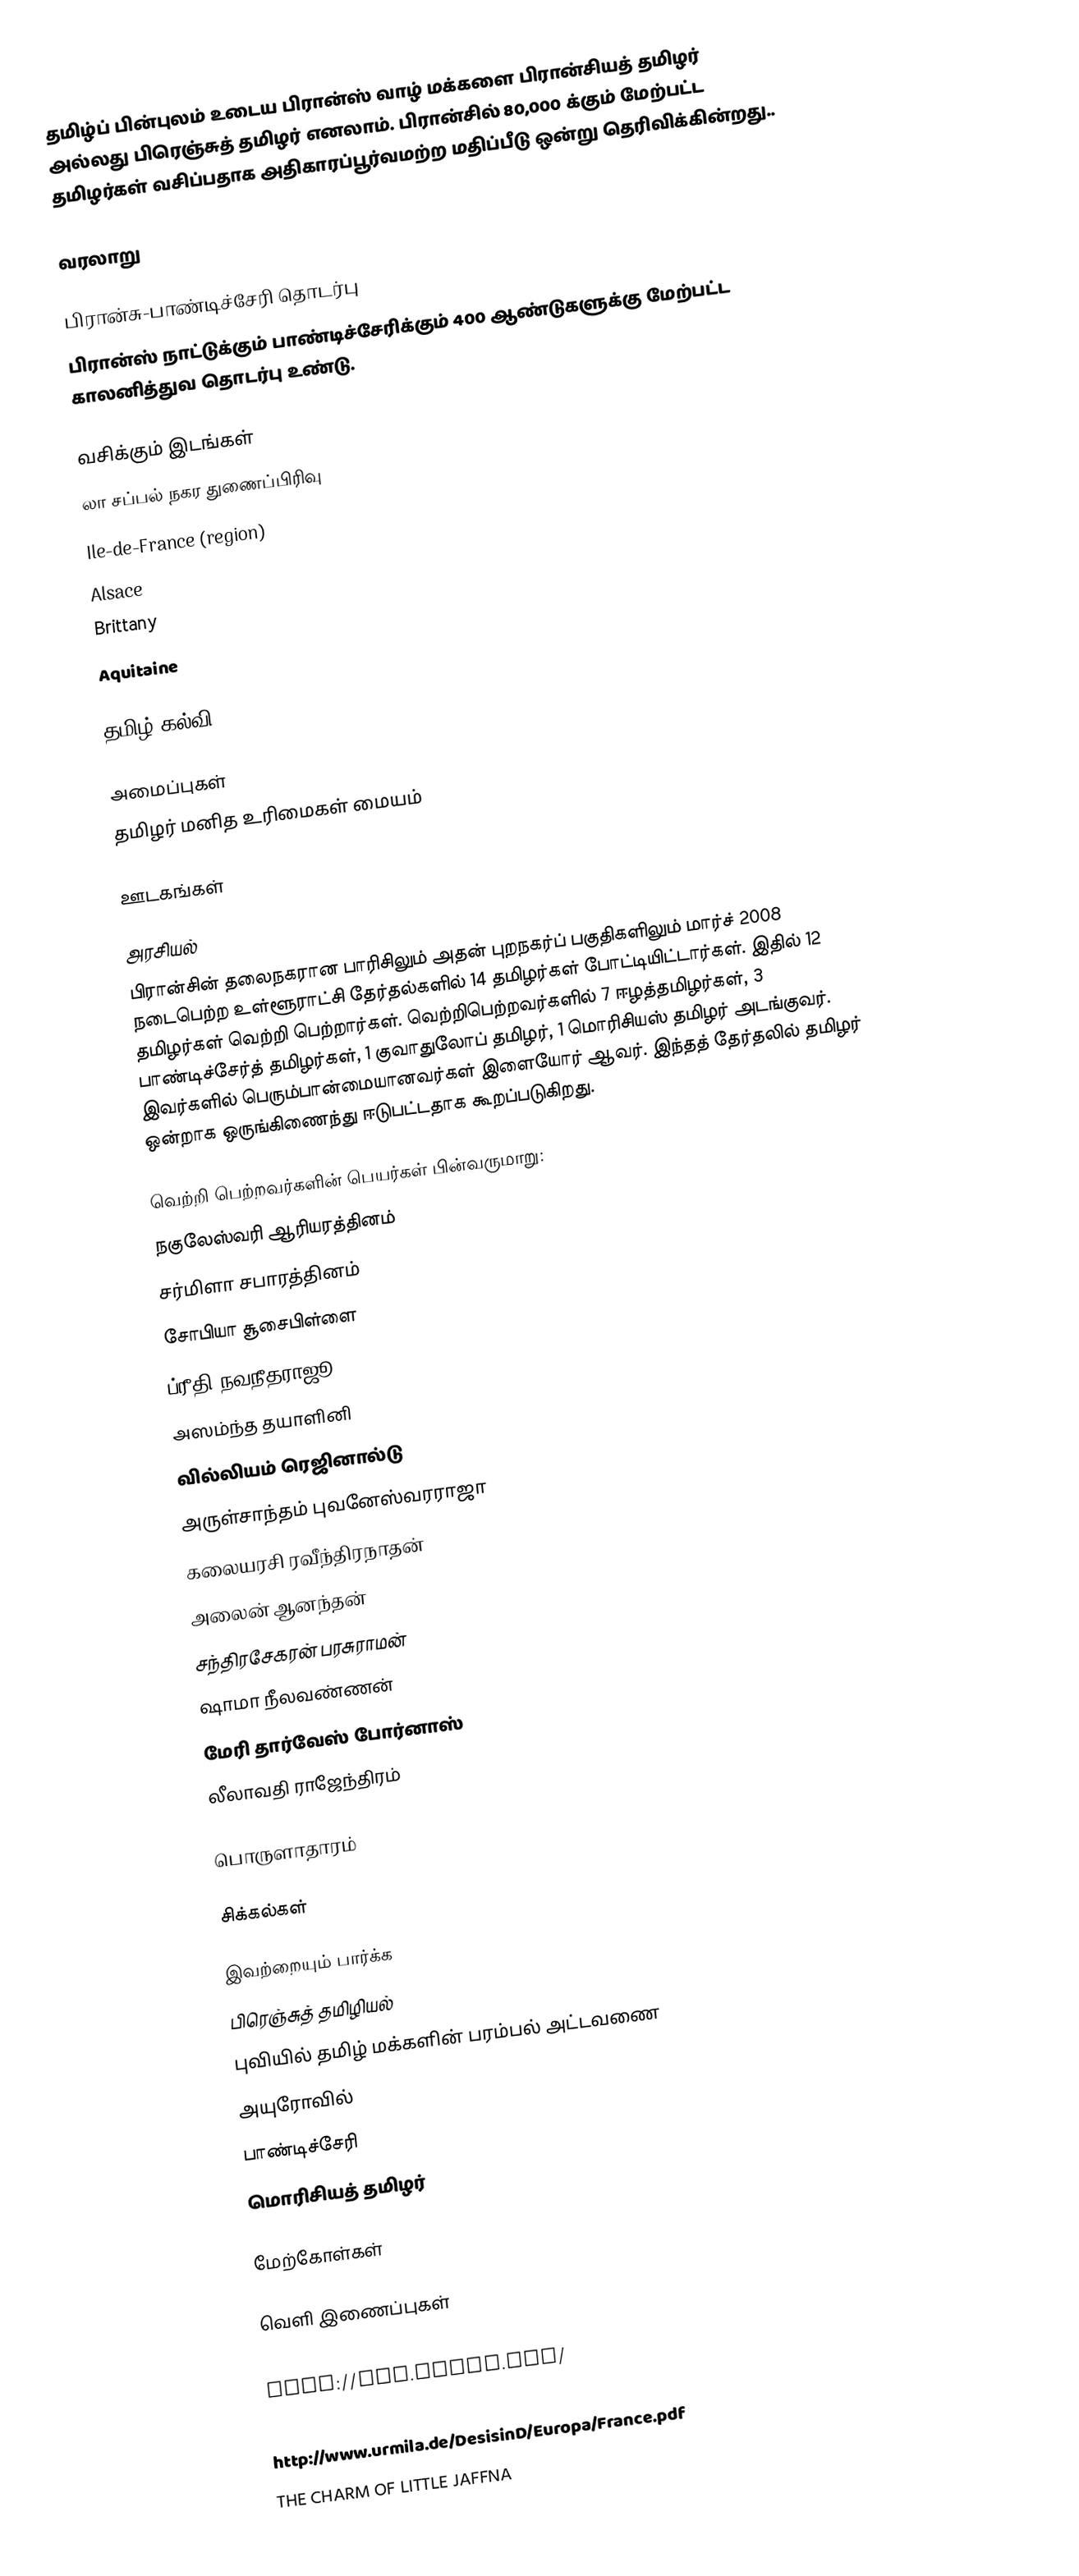
தமிழ்ப் பின்புலம் உடைய பிரான்ஸ் வாழ் மக்களை பிரான்சியத் தமிழர் அல்லது பிரெஞ்சுத் தமிழர் எனலாம்.  பிரான்சில் 80,000 க்கும் மேற்பட்ட தமிழர்கள் வசிப்பதாக அதிகாரப்பூர்வமற்ற மதிப்பீடு ஒன்று தெரிவிக்கின்றது..

வரலாறு

பிரான்சு-பாண்டிச்சேரி தொடர்பு
பிரான்ஸ் நாட்டுக்கும் பாண்டிச்சேரிக்கும் 400 ஆண்டுகளுக்கு மேற்பட்ட காலனித்துவ தொடர்பு உண்டு.

வசிக்கும் இடங்கள்
 லா சப்பல் நகர துணைப்பிரிவு
 Ile-de-France (region)
 Alsace
 Brittany
 Aquitaine

தமிழ் கல்வி

அமைப்புகள்
 தமிழர் மனித உரிமைகள் மையம்

ஊடகங்கள்

அரசியல்
பிரான்சின் தலைநகரான பாரிசிலும் அதன் புறநகர்ப் பகுதிகளிலும் மார்ச் 2008 நடைபெற்ற உள்ளூராட்சி தேர்தல்களில் 14 தமிழர்கள் போட்டியிட்டார்கள்.  இதில் 12 தமிழர்கள் வெற்றி பெற்றார்கள்.  வெற்றிபெற்றவர்களில் 7 ஈழத்தமிழர்கள், 3 பாண்டிச்சேர்த் தமிழர்கள்,  1 குவாதுலோப் தமிழர், 1 மொரிசியஸ் தமிழர் அடங்குவர்.  இவர்களில் பெரும்பான்மையானவர்கள் இளையோர் ஆவர்.  இந்தத் தேர்தலில் தமிழர் ஒன்றாக ஒருங்கிணைந்து ஈடுபட்டதாக கூறப்படுகிறது.

வெற்றி பெற்றவர்களின் பெயர்கள் பின்வருமாறு:
 நகுலேஸ்வரி ஆரியரத்தினம்
 சர்மிளா சபாரத்தினம்
 சோபியா சூசைபிள்ளை
 ப்ரீதி நவநீதராஜூ
 அஸம்ந்த தயாளினி
 வில்லியம் ரெஜினால்டு
 அருள்சாந்தம் புவனேஸ்வரராஜா
 கலையரசி ரவீந்திரநாதன்
 அலைன் ஆனந்தன்
 சந்திரசேகரன் பரசுராமன்
 ஷாமா நீலவண்ணன்
 மேரி தார்வேஸ் போர்னாஸ்
 லீலாவதி ராஜேந்திரம்

பொருளாதாரம்

சிக்கல்கள்

இவற்றையும் பார்க்க
 பிரெஞ்சுத் தமிழியல்
 புவியில் தமிழ் மக்களின் பரம்பல் அட்டவணை
 அயுரோவில்
 பாண்டிச்சேரி
 மொரிசியத் தமிழர்

மேற்கோள்கள்

வெளி இணைப்புகள்
 THE CHARM OF LITTLE JAFFNA
 http://www.trofr.com/
 https://tamilnation.org/diaspora/france.htm
 http://www.urmila.de/DesisinD/Europa/France.pdf
 THE CHARM OF LITTLE JAFFNA